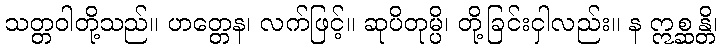
သတ္တဝါတို့သည်။ ဟတ္တေန၊ လက်ဖြင့်။ ဆုပိတုမ္ပိ၊ တို့ခြင်းငှါလည်း။ န ဣစ္ဆန္တိ၊